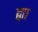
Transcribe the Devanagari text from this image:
द्वाा